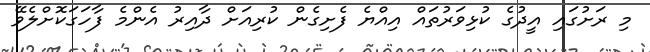
މި ރަށުގައި އީދުގެ ކުޅިވަރުތައް އިއްޔެ ފެށިގެން ކުރިއަށް ދާއިރު އެންމެ ފާހަގަކޮށްލެވޭ